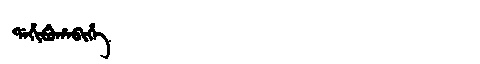
Manchu: ᡩᠠᡥᡳᠪᡠᡥᠠᠪᡳᡥᡝ
Romanization: DAHIBUHABIHE